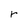
Character: r